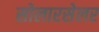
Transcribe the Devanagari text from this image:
सोलारसेलर